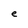
Character: e